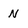
Character: N